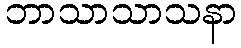
ဘာသာသာသနာ